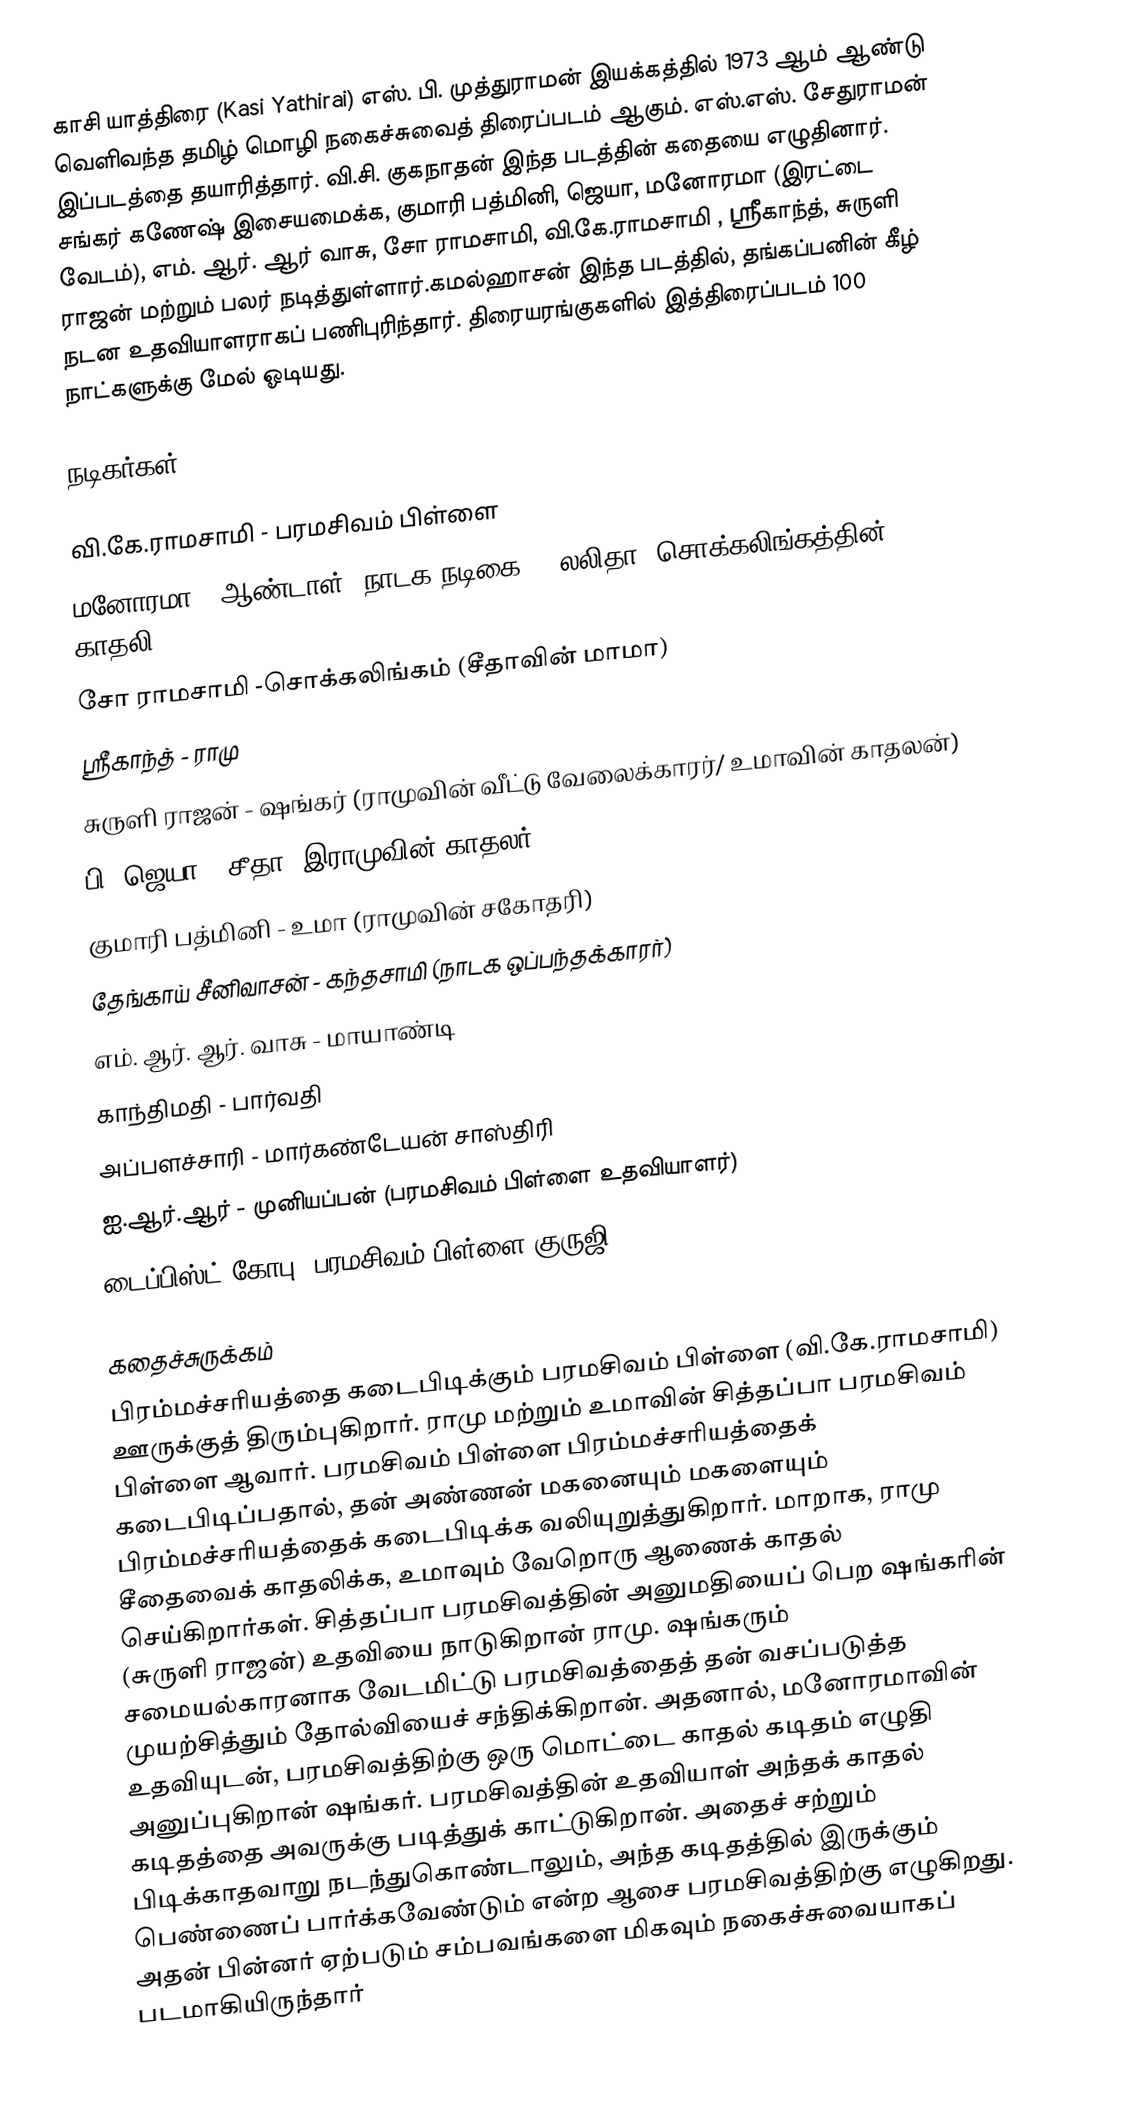
காசி யாத்திரை (Kasi Yathirai) எஸ். பி. முத்துராமன் இயக்கத்தில் 1973 ஆம் ஆண்டு வெளிவந்த தமிழ் மொழி நகைச்சுவைத் திரைப்படம் ஆகும். எஸ்.எஸ். சேதுராமன் இப்படத்தை தயாரித்தார். வி.சி. குகநாதன் இந்த படத்தின் கதையை எழுதினார்.  சங்கர் கணேஷ் இசையமைக்க,  குமாரி பத்மினி, ஜெயா, மனோரமா (இரட்டை வேடம்), எம். ஆர். ஆர் வாசு, சோ ராமசாமி, வி.கே.ராமசாமி , ஸ்ரீகாந்த், சுருளி ராஜன் மற்றும் பலர் நடித்துள்ளார்.கமல்ஹாசன் இந்த படத்தில், தங்கப்பனின் கீழ் நடன உதவியாளராகப் பணிபுரிந்தார். திரையரங்குகளில் இத்திரைப்படம் 100 நாட்களுக்கு மேல் ஓடியது.

நடிகர்கள்

 வி.கே.ராமசாமி - பரமசிவம் பிள்ளை
 மனோரமா - ஆண்டாள் (நாடக-நடிகை) / லலிதா (சொக்கலிங்கத்தின் காதலி)
 சோ ராமசாமி -சொக்கலிங்கம் (சீதாவின் மாமா)
 ஸ்ரீகாந்த் - ராமு
 சுருளி ராஜன் - ஷங்கர் (ராமுவின் வீட்டு வேலைக்காரர்/ உமாவின் காதலன்)
 பி. ஜெயா - சீதா (இராமுவின் காதலர்)
 குமாரி பத்மினி - உமா (ராமுவின் சகோதரி)
 தேங்காய் சீனிவாசன் - கந்தசாமி (நாடக ஒப்பந்தக்காரர்)
 எம். ஆர். ஆர். வாசு - மாயாண்டி
 காந்திமதி - பார்வதி
 அப்பளச்சாரி - மார்கண்டேயன் சாஸ்திரி
 ஐ.ஆர்.ஆர் - முனியப்பன் (பரமசிவம் பிள்ளை உதவியாளர்)
 டைப்பிஸ்ட் கோபு  (பரமசிவம் பிள்ளை குருஜி)

கதைச்சுருக்கம்
பிரம்மச்சரியத்தை கடைபிடிக்கும் பரமசிவம் பிள்ளை (வி.கே.ராமசாமி) ஊருக்குத் திரும்புகிறார். ராமு மற்றும் உமாவின் சித்தப்பா பரமசிவம் பிள்ளை ஆவார். பரமசிவம் பிள்ளை பிரம்மச்சரியத்தைக் கடைபிடிப்பதால், தன் அண்ணன் மகனையும் மகளையும் பிரம்மச்சரியத்தைக் கடைபிடிக்க வலியுறுத்துகிறார். மாறாக, ராமு சீதைவைக் காதலிக்க, உமாவும் வேறொரு ஆணைக் காதல் செய்கிறார்கள். சித்தப்பா பரமசிவத்தின் அனுமதியைப் பெற ஷங்கரின் (சுருளி ராஜன்) உதவியை நாடுகிறான் ராமு. ஷங்கரும் சமையல்காரனாக வேடமிட்டு பரமசிவத்தைத் தன் வசப்படுத்த முயற்சித்தும் தோல்வியைச் சந்திக்கிறான். அதனால், மனோரமாவின் உதவியுடன், பரமசிவத்திற்கு ஒரு மொட்டை காதல் கடிதம் எழுதி அனுப்புகிறான் ஷங்கர். பரமசிவத்தின் உதவியாள் அந்தக் காதல் கடிதத்தை அவருக்கு படித்துக் காட்டுகிறான். அதைச் சற்றும் பிடிக்காதவாறு நடந்துகொண்டாலும், அந்த கடிதத்தில் இருக்கும் பெண்ணைப் பார்க்கவேண்டும் என்ற ஆசை பரமசிவத்திற்கு எழுகிறது. அதன் பின்னர் ஏற்படும் சம்பவங்களை மிகவும் நகைச்சுவையாகப் படமாகியிருந்தார்